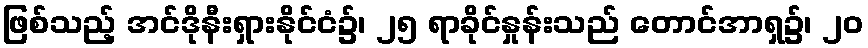
ဖြစ်သည့် အင်ဒိုနီးရှားနိုင်ငံ၌၊ ၂၅ ရာခိုင်နှုန်းသည် တောင်အာရှ၌၊ ၂၀